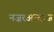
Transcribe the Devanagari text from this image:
नज़रअन्दाज